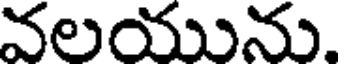
వలయును.